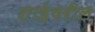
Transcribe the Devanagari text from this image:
शाईवरील